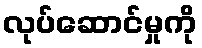
လုပ်ဆောင်မှုကို